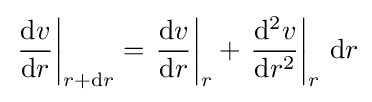
\left.{\frac {\mathrm {d} v}{\mathrm {d} r}}\right|_{r+\mathrm {d} r}=\left.{\frac {\mathrm {d} v}{\mathrm {d} r}}\right|_{r}+\left.{\frac {\mathrm {d} ^{2}v}{\mathrm {d} r^{2}}}\right|_{r}\,\mathrm {d} r